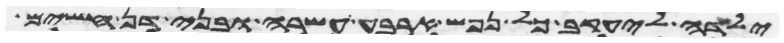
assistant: ילדה ליעקב כל נפש ארבע עשרה ובני דן חשים